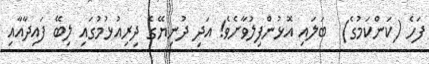
ފަހެ (ކަންކަމުގެ)  ބަލައި އޮޅުންފިލުވާށެވެ! އަދި ދުނިޔޭގެ ދިރިއުޅުމުގައި ލިބޭ ފައިދާއާއި